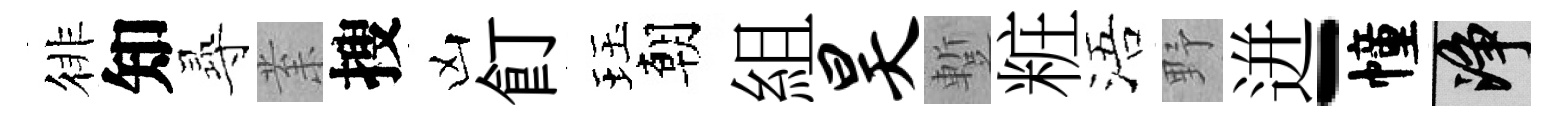
徘知𡬶𭪙搜凶飣珏朝組昊蹔粧浯野迸-幢净